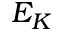
E _ { K }